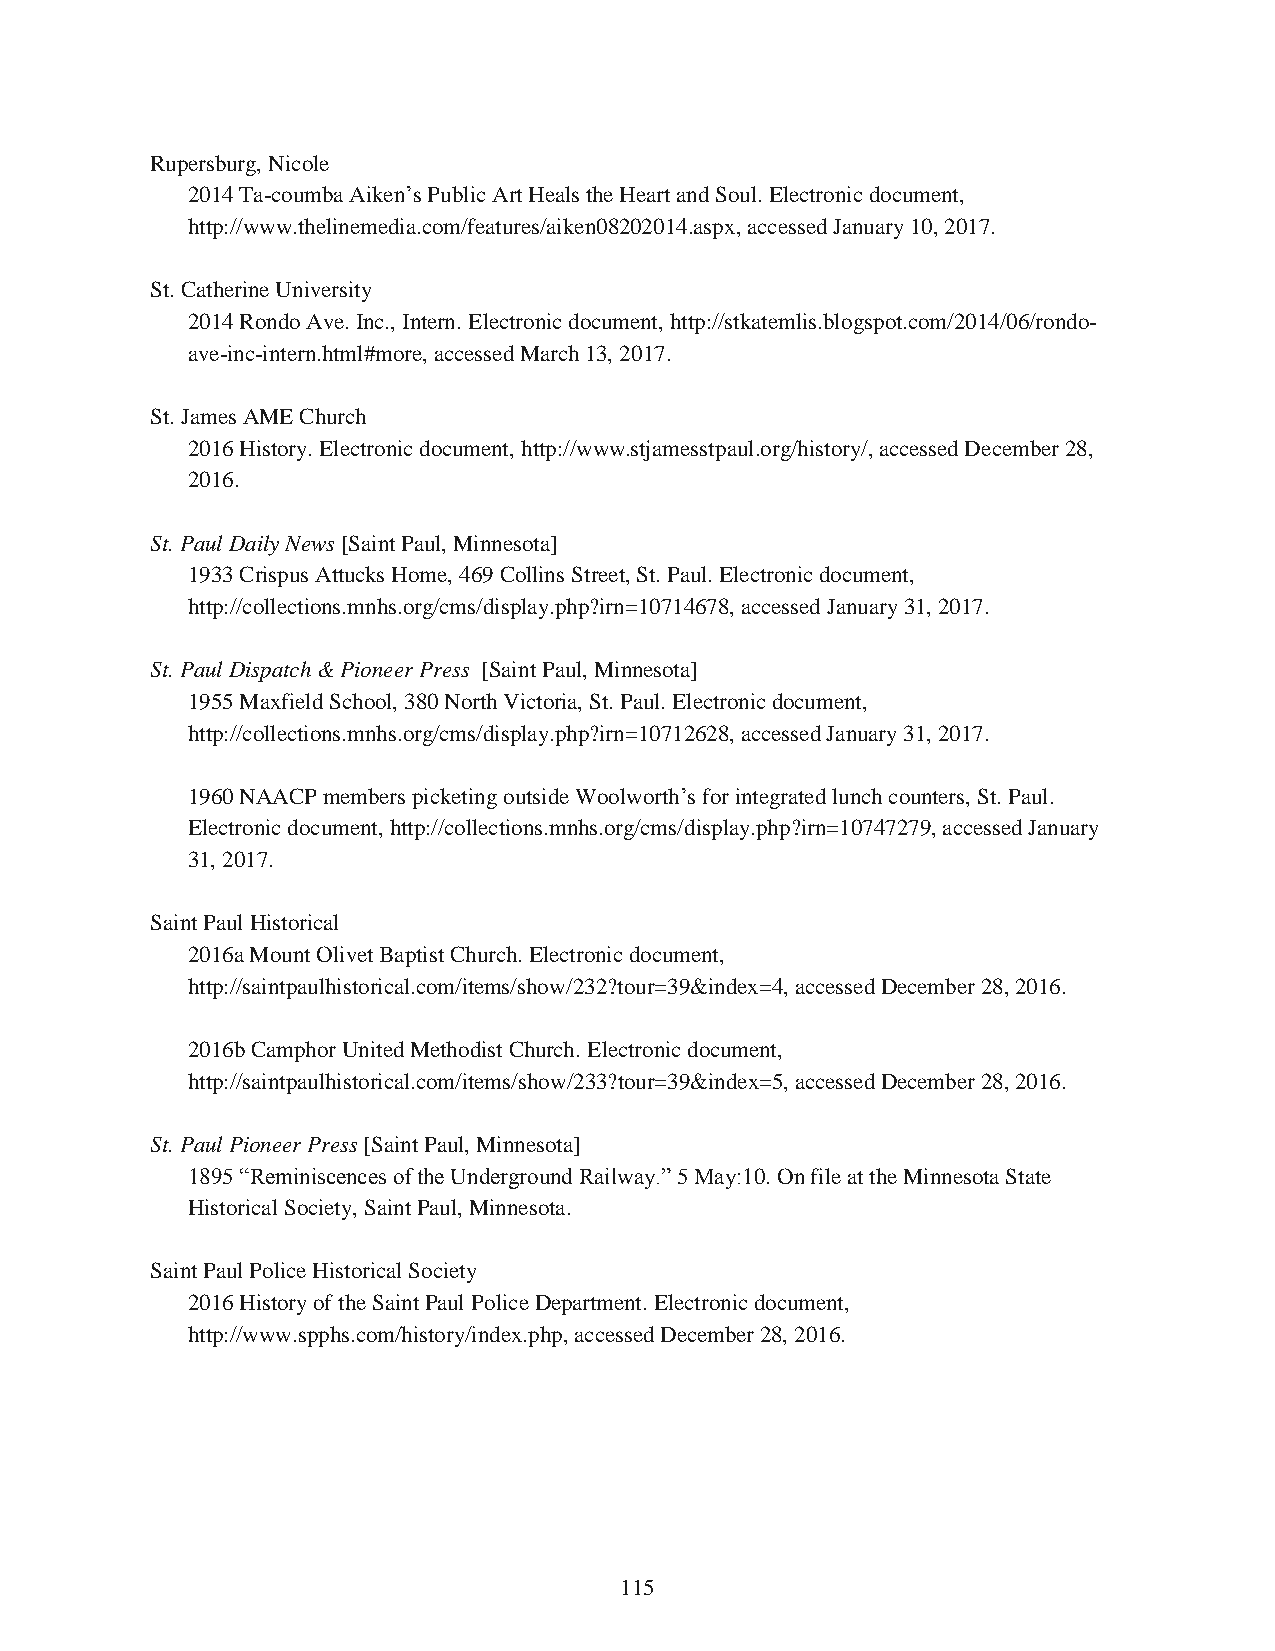
Rupersburg, Nicole
 2014 Ta-coumba Aiken’s Public Art Heals the Heart and Soul. Electronic document,
 http://www.thelinemedia.com/features/aiken08202014.aspx, accessed January 10, 2017.
 St. Catherine University
 2014 Rondo Ave. Inc., Intern. Electronic document, http://stkatemlis.blogspot.com/2014/06/rondo-
 ave-inc-intern.html#more, accessed March 13, 2017.
 St. James AME Church
 2016 History. Electronic document, http://www.stjamesstpaul.org/history/, accessed December 28,
 2016.
 St. Paul Daily News [Saint Paul, Minnesota]
 1933 Crispus Attucks Home, 469 Collins Street, St. Paul. Electronic document,
 http://collections.mnhs.org/cms/display.php?irn=10714678, accessed January 31, 2017.
 St. Paul Dispatch & Pioneer Press [Saint Paul, Minnesota]
 1955 Maxfield School, 380 North Victoria, St. Paul. Electronic document,
 http://collections.mnhs.org/cms/display.php?irn=10712628, accessed January 31, 2017.
 1960 NAACP members picketing outside Woolworth’s for integrated lunch counters, St. Paul.
 Electronic document, http://collections.mnhs.org/cms/display.php?irn=10747279, accessed January
 31, 2017.
 Saint Paul Historical
 2016a Mount Olivet Baptist Church. Electronic document,
 http://saintpaulhistorical.com/items/show/232?tour=39&index=4, accessed December 28, 2016.
 2016b Camphor United Methodist Church. Electronic document,
 http://saintpaulhistorical.com/items/show/233?tour=39&index=5, accessed December 28, 2016.
 St. Paul Pioneer Press [Saint Paul, Minnesota]
 1895 “Reminiscences of the Underground Railway.” 5 May:10. On file at the Minnesota State
 Historical Society, Saint Paul, Minnesota.
 Saint Paul Police Historical Society
 2016 History of the Saint Paul Police Department. Electronic document,
 http://www.spphs.com/history/index.php, accessed December 28, 2016.
 115